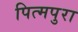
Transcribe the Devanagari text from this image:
पित्मपुरा